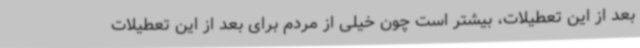
بعد از این تعطیلات، بیشتر است چون خیلی از مردم برای بعد از این تعطیلات